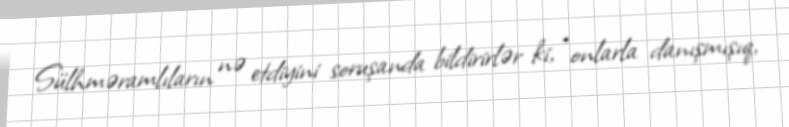
Sülhməramlıların nə etdiyini soruşanda bildirirlər ki, “onlarla danışmışıq,